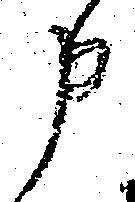
申